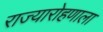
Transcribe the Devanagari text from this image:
राज्यारोहणाला